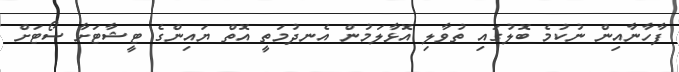
ފާހާނާއިން ނުކުމެ ބޮލުގައި ތުވާލި އޮޅާލަމުން އެނދުމަތީ އޮތް ޔައިންގެ ޓީޝާޓަށާ ސޯޓަށް